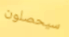
سيحصلون